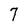
Character: 7